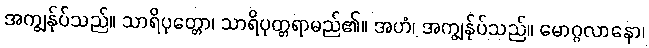
အကျွန်ုပ်သည်။ သာရိပုတ္တော၊ သာရိပုတ္တရာမည်၏။ အဟံ၊ အကျွန်ုပ်သည်။ မောဂ္ဂလာနော၊